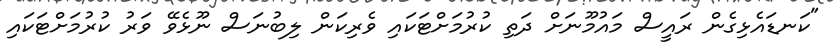
"ކަނޑައެޅިގެން ރައީސް މައުމޫނަށް ދަތި ކުރުމަށްޓަކައި ވެރިކަން ލިބުނަސް ނޫޅެވޭ ވަރު ކުރުމަށްޓަކައި